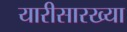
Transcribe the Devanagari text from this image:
यारीसारख्या